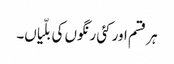
ہر قسم اور کئی رنگوں کی بلّیاں۔